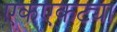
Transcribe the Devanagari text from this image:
एकएकट्या